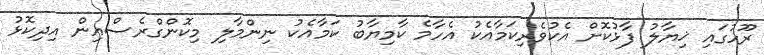
ރޫހުގައި ޚިޔާލު ފާޅުކޮށް އެކުވެރިކަމާއެކު އެހާމެ ކާމިޔާބު ކަމާއެކު ނިންމާލި މިކޮންގްރެސްއިން އިދިކޮޅު